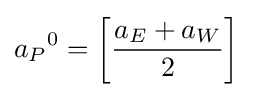
{a_{P}}^{0}=\left[{\frac {a_{E}+a_{W}}{2}}\right]